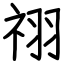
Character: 祤